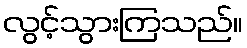
လွင့်သွားကြသည်။